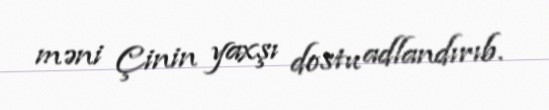
məni Çinin yaxşı dostu adlandırıb.